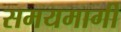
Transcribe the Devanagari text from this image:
समयमार्गी